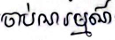
ចាប់អារម្មណ៍